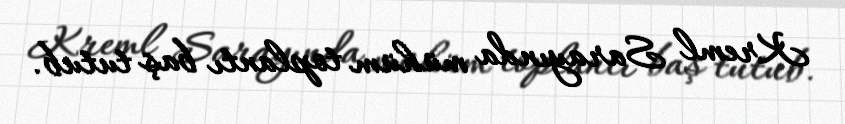
Kreml Sarayında mühüm toplantı baş tutub.